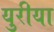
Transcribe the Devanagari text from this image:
युरीया